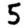
Digit: 5